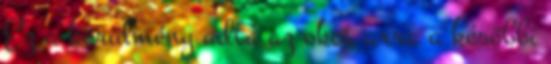
Ez a körülmény adta az okot arra a későbbi